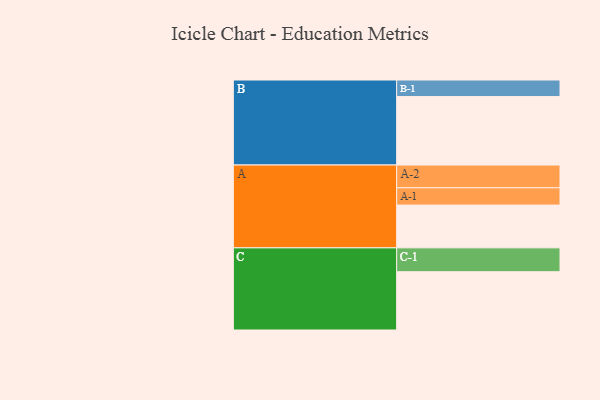
{"axis": {"x": "Segment", "y": "Value"}, "legend": ["", "A", "B", "C"], "data": [{"x": "A", "y": 312, "type": ""}, {"x": "B", "y": 499, "type": ""}, {"x": "C", "y": 425, "type": ""}, {"x": "A-1", "y": 126, "type": "A"}, {"x": "A-2", "y": 166, "type": "A"}, {"x": "B-1", "y": 121, "type": "B"}, {"x": "C-1", "y": 174, "type": "C"}]}